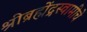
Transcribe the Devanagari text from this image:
श्रीब्रह्मेंद्रस्वामींचे